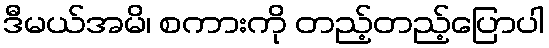
ဒီမယ်အမိ၊ စကားကို တည့်တည့်ပြောပါ